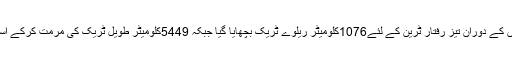
عوام کو سہولیات فراہم کرنے کے لئے ان 8 سالوں کے دوران تیز رفتار ٹرین کے لئے1076کلومیٹر ریلوے ٹریک بچھایا گیا جبکہ 5449کلومیٹر طویل ٹریک کی مرمت کرکے اسے تیز ترین ٹرین کے معیار کے مطابق بنایا گیا۔